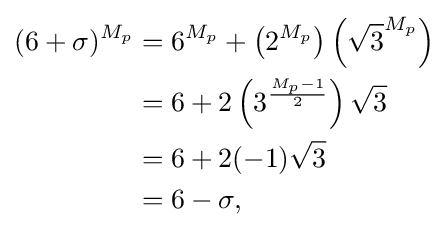
{\begin{aligned}(6+\sigma )^{M_{p}}&=6^{M_{p}}+\left(2^{M_{p}}\right)\left({\sqrt {3}}^{M_{p}}\right)\\&=6+2\left(3^{\frac {M_{p}-1}{2}}\right){\sqrt {3}}\\&=6+2(-1){\sqrt {3}}\\&=6-\sigma ,\end{aligned}}